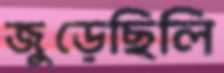
জুড়েছিলি